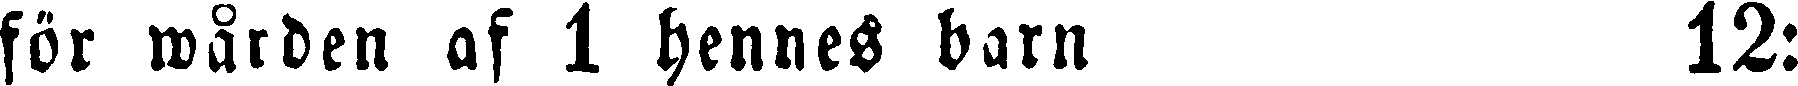
för wården af 1 hennes barn 12: